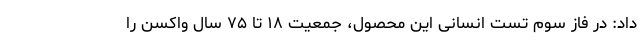
داد: در فاز سوم تست انسانی این محصول، جمعیت ۱۸ تا ۷۵ سال واکسن را